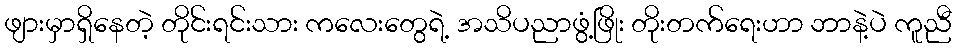
ဖျားမှာရှိနေတဲ့ တိုင်းရင်းသား ကလေးတွေရဲ့ အသိပညာဖွံ့ဖြိုး တိုးတက်ရေးဟာ ဘာနဲ့ပဲ ကူညီ